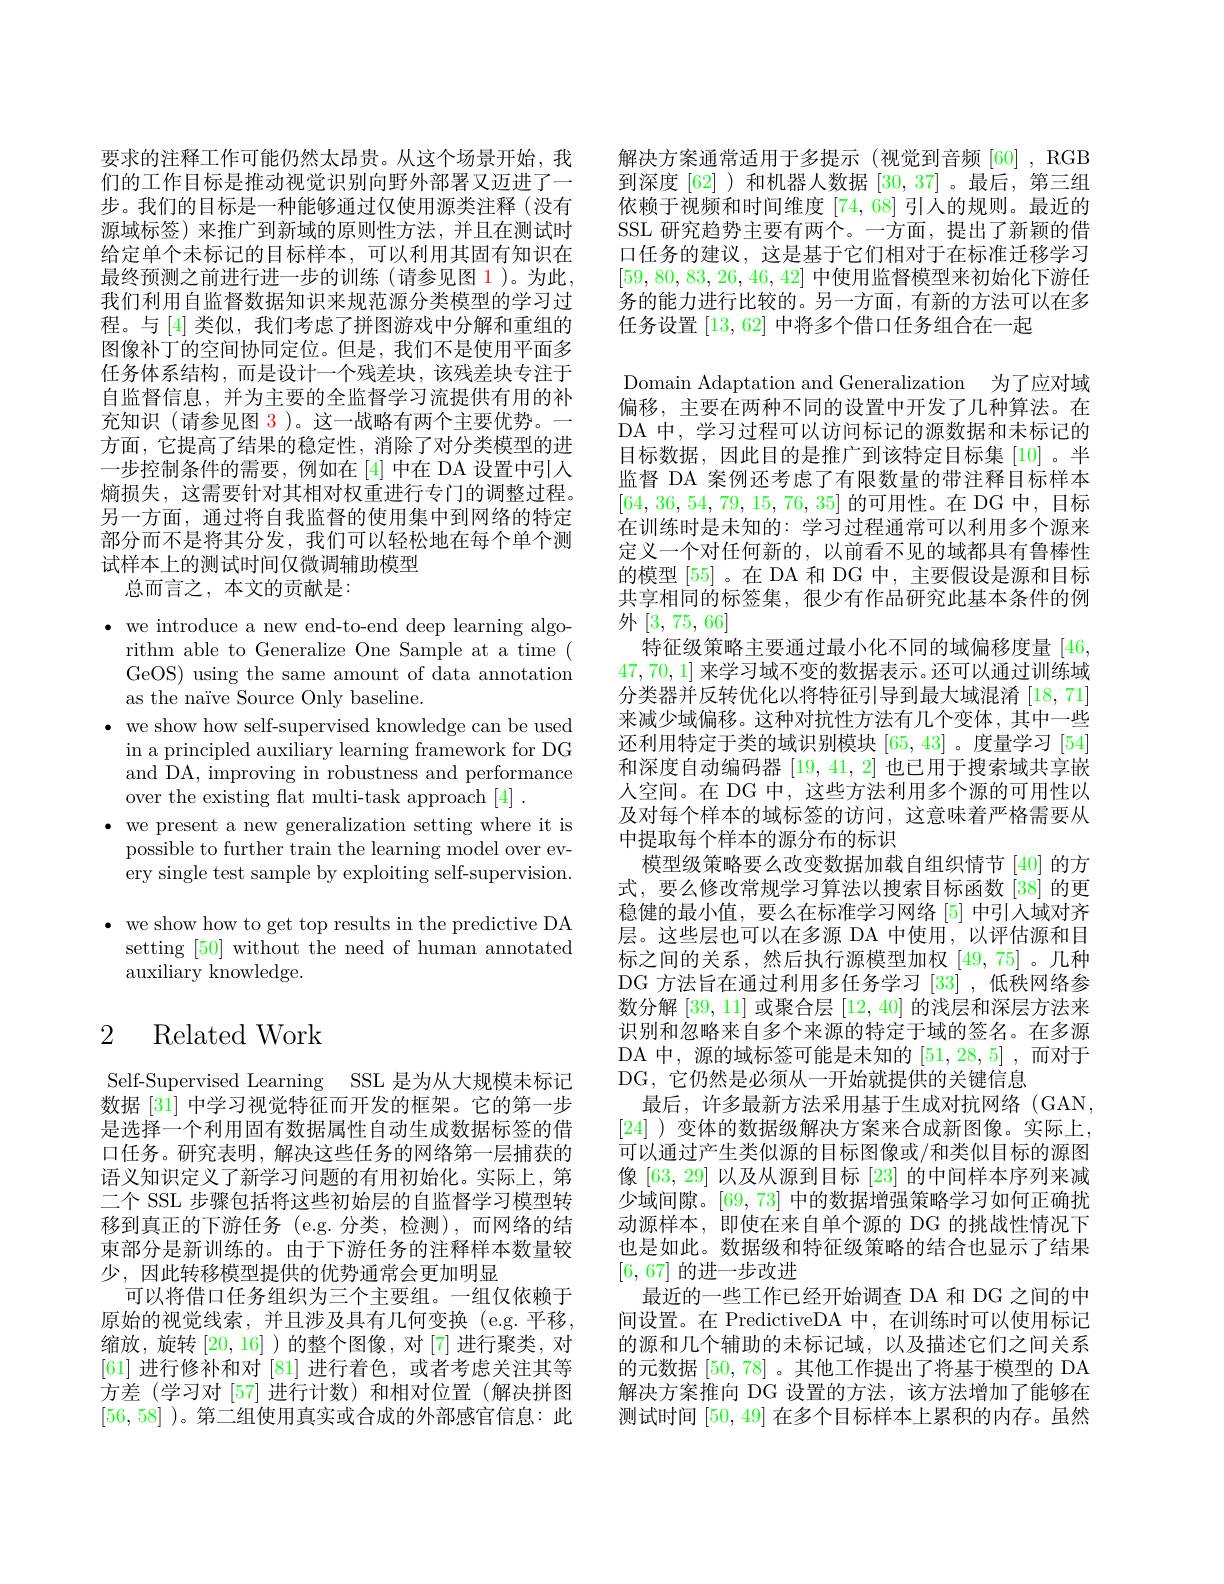
要求的注释工作可能仍然太昂贵。从这个场景开始，我们的工作目标是推动视觉识别向野外部署又迈进了一步。我们的目标是一种能够通过仅使用源类注释(没有源域标签)来推广到新域的原则性方法，并且在测试时给定单个未标记的目标样本，可以利用其固有知识在最终预测之前进行进一步的训练(请参见图 1)。为此， 我们利用自监督数据知识来规范源分类模型的学习过程。与 [4] 类似，我们考虑了拼图游戏中分解和重组的图像补丁的空间协同定位。但是，我们不是使用平面多任务体系结构，而是设计一个残差块，该残差块专注于自监督信息，并为主要的全监督学习流提供有用的补充知识 (请参见图 3)。这一战略有两个主要优势。一方面，它提高了结果的稳定性，消除了对分类模型的进一步控制条件的需要，例如在[4] 中在 DA 设置中引入熵损失，这需要针对其相对权重进行专门的调整过程。另一方面，通过将自我监督的使用集中到网络的特定部分而不是将其分发，我们可以轻松地在每个单个测试样本上的测试时间仅微调辅助模型
总而言之，本文的贡献是：

$\bullet$ we introduce a new end-to-end deep learning algo-
rithm able to Generalize One Sample at a time ( GeOS) using the same amount of data annotation as the naïve Source Only baseline.
$\cdot$ we show how self-supervised knowledge can be used
in a principled auxiliary learning framework for DG and DA, improving in robustness and performance over the existing flat multi-task approach [4].
$\bullet$ we present a new generalization setting where it is
possible to further train the learning model over every single test sample by exploiting self-supervision.

$\cdot$ we show how to get top results in the predictive DA

setting [50] without the need of human annotated
auxiliary knowledge.

# 2 Related Work

Self-Supervised Learning SSL 是为从大规模未标记数据[31] 中学习视觉特征而开发的框架。它的第一步是选择一个利用固有数据属性自动生成数据标签的借口任务。研究表明，解决这些任务的网络第一层捕获的语义知识定义了新学习问题的有用初始化。实际上，第二个 SSL 步骤包括将这些初始层的自监督学习模型转移到真正的下游任务(e.g.分类，检测),而网络的结束部分是新训练的。由于下游任务的注释样本数量较少，因此转移模型提供的优势通常会更加明显
可以将借口任务组织为三个主要组。一组仅依赖于原始的视觉线索，并且涉及具有几何变换(e.g.平移， 缩放，旋转[20,16] )的整个图像，对 [7] 进行聚类，对[61]进行修补和对 [81] 进行着色，或者考虑关注其等方差(学习对[57]进行计数)和相对位置(解决拼图[56,58] )。第二组使用真实或合成的外部感官信息：此

解决方案通常适用于多提示(视觉到音频[60],RGB 到深度 [62] )和机器人数据[30,37] 。最后，第三组依赖于视频和时间维度[74,68] 引人的规则。最近的SSL 研究趋势主要有两个。一方面，提出了新颖的借口任务的建议，这是基于它们相对于在标准迁移学习[59,80,83,26,46,42]中使用监督模型来初始化下游任务的能力进行比较的。另一方面，有新的方法可以在多任务设置[13,62]中将多个借口任务组合在一起
Domain Adaptation and Generalization 为了应对域偏移，主要在两种不同的设置中开发了几种算法。在DA 中，学习过程可以访问标记的源数据和未标记的目标数据，因此目的是推广到该特定目标集[10]。半监督 DA 案例还考虑了有限数量的带注释目标样本[64,36,54,79,15,76,35]的可用性。在 DG 中，目标在训练时是未知的：学习过程通常可以利用多个源来定义一个对任何新的，以前看不见的域都具有鲁棒性的模型[55] 。在 DA 和 DG 中，主要假设是源和目标共享相同的标签集，很少有作品研究此基本条件的例外[3,75,66]
特征级策略主要通过最小化不同的域偏移度量[46, 47,70,1]来学习域不变的数据表示。还可以通过训练域分类器并反转优化以将特征引导到最大域混淆[18,71] 来减少域偏移。这种对抗性方法有几个变体，其中一些还利用特定于类的域识别模块[65,43] 。度量学习[54] 和深度自动编码器[19,41,2]也已用于搜索域共享嵌人空间。在 DG 中，这些方法利用多个源的可用性以及对每个样本的域标签的访问，这意味着严格需要从中提取每个样本的源分布的标识
模型级策略要么改变数据加载自组织情节 [40]的方式，要么修改常规学习算法以搜索目标函数[38]的更稳健的最小值，要么在标准学习网络[5]中引入域对齐层。这些层也可以在多源 DA 中使用，以评估源和目标之间的关系，然后执行源模型加权[49,75]。几种DG 方法旨在通过利用多任务学习[33] ,低秩网络参数分解[39,11]或聚合层[12,40]的浅层和深层方法来识别和忽略来自多个来源的特定于域的签名。在多源DA 中，源的域标签可能是未知的[51,28,5] ,而对于DG, 它仍然是必须从一开始就提供的关键信息
最后，许多最新方法采用基于生成对抗网络(GAN, [24] )变体的数据级解决方案来合成新图像。实际上， 可以通过产生类似源的目标图像或/和类似目标的源图像[63,29]以及从源到目标[23]的中间样本序列来减少域间隙。[69,73] 中的数据增强策略学习如何正确扰动源样本，即使在来自单个源的 DG 的挑战性情况下也是如此。数据级和特征级策略的结合也显示了结果[6,67]的进一步改进
最近的一些工作已经开始调查 DA 和 DG 之间的中间设置。在 PredictiveDA 中，在训练时可以使用标记的源和几个辅助的未标记域，以及描述它们之间关系的元数据[50,78] 。其他工作提出了将基于模型的 DA 解决方案推向 DG 设置的方法，该方法增加了能够在测试时间[50,49]在多个目标样本上累积的内存。虽然